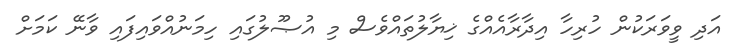
އަދި ވީވަރަކުން ހުރިހާ އިދާރާއެއްގެ ޚިޔާލުތައްވެސް މި އުޞޫލުގައި ހިމަނުއްވައިފައި ވާނޭ ކަމަށް